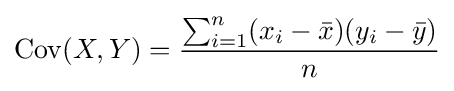
\operatorname {Cov} (X,Y)={\frac {\sum _{i=1}^{n}(x_{i}-{\bar {x}})(y_{i}-{\bar {y}})}{n}}